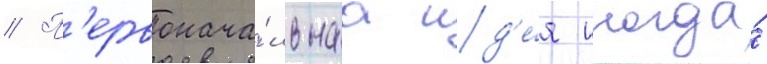
// П'ервонача́льнаа ид'е́я иногда́